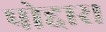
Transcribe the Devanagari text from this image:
पोद्दार।